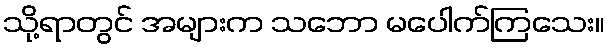
သို့ရာတွင် အများက သဘော မပေါက်ကြသေး။